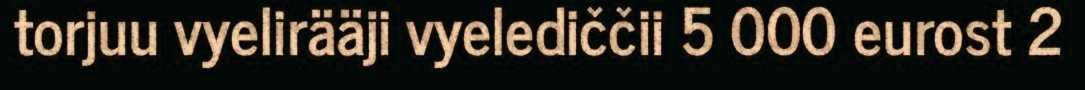
torjuu vyelirääji vyelediččii 5 000 eurost 2